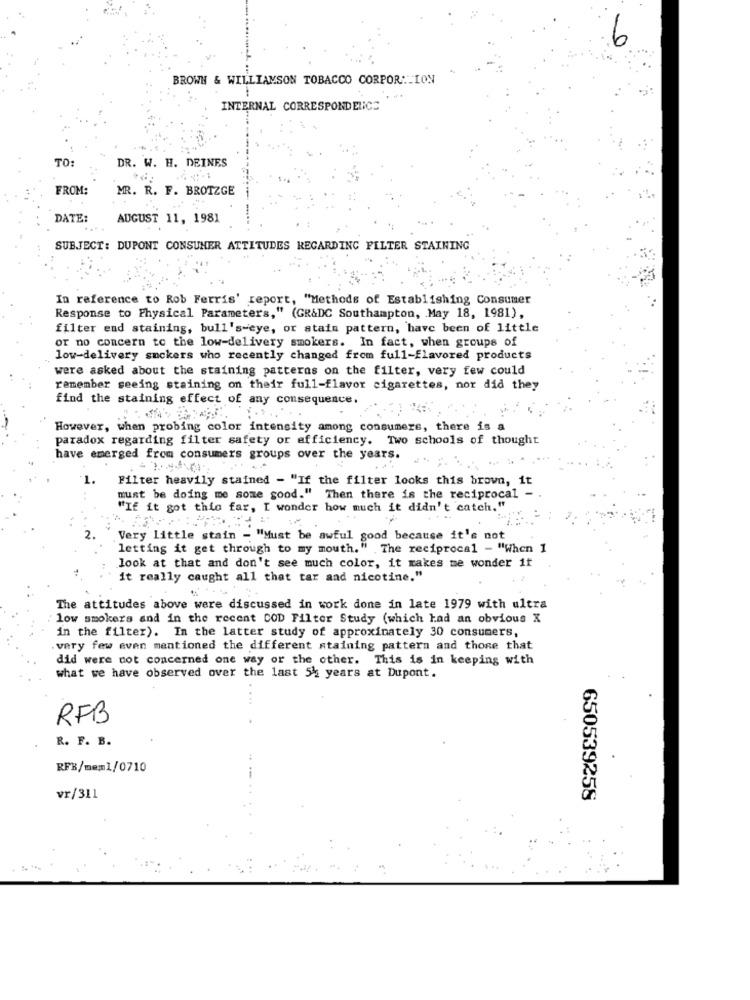
6
BROWN & WILLIAMSON TOBACCO CORPOR: ION
" ...
INTERNAL CORRESPONDELICZ
TO:
DR. W. H. DEINES
FROM:
MR. R. F. BROTZGE
DATE:
AUGUST 11, 1981
SUBJECT: DUPONT CONSUMER ATTITUDES REGARDING FILTER STAINING
In reference to Rob Ferris' report, "Methods of Establishing Consumer
Response to Physical Parameters," (GR&DC Southampton, May 18, 1981),
filter end staining, bull's-eye, or stain pattern, have been of little
or no concern to the low-delivery smokers. In fact, when groups of
low-delivery smokers who recently changed from full-flavored products
were asked about the staining patterns on the filter, very few could
remember seeing staining on their full-flavor cigarettes, nor did they
find the staining effect of any consequence.
However, when probing color intensity among consumers, there is a
paradox regarding filter safety or efficiency. Two schools of thought
have emerged from consumers groups over the years.
1.
Filter heavily stained - "If the filter looks this brown, it
must be doing me some good." Then there is the reciprocal -
"If it got this far, I wonder how much it didn't catch,"
2.
Very little stain - "Must be awful good because it's not
letting it get through to my mouth." The reciprocal - "When 1
look at that and don't see much color, it makes me wonder if
it really caught all that tar and nicotine."
The attitudes above were discussed in work done in late 1979 with ultra
low smokers and in the recent COD Filter Study (which had an obvious X
in the filter). In the latter study of approximately 30 consumers,
very few even mentioned the different staining pattern and those that
did were not concerned one way or the other. This is in keeping with
what we have observed over the last 54 years at Dupont.
....
RFB
R. F. B.
RFB/mem1/0710
vr/311
650539258